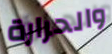
والحرارة